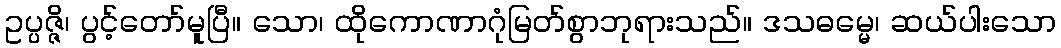
ဥပ္ပဇ္ဇိ၊ ပွင့်တော်မူပြီ။ သော၊ ထိုကောဏာဂုံမြတ်စွာဘုရားသည်။ ဒသဓမ္မေ၊ ဆယ်ပါးသော